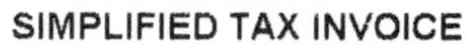
SIMPLIFIED TAX INVOICE